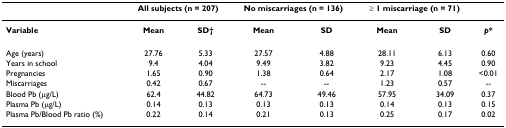
<table><thead><tr><td></td><td colspan="2"><b>All subjects (n = 207)</b></td><td colspan="2"><b>No miscarriages (n = 136)</b></td><td colspan="2"><b>≥ 1 miscarriage (n = 71)</b></td><td></td></tr></thead><tbody><tr><td><b>Variable</b></td><td><b>Mean</b></td><td><b>SD†</b></td><td><b>Mean</b></td><td><b>SD</b></td><td><b>Mean</b></td><td><b>SD</b></td><td><b><i>p</i>*</b></td></tr><tr><td>Age (years)</td><td>27.76</td><td>5.33</td><td>27.57</td><td>4.88</td><td>28.11</td><td>6.13</td><td>0.60</td></tr><tr><td>Years in school</td><td>9.4</td><td>4.04</td><td>9.49</td><td>3.82</td><td>9.23</td><td>4.45</td><td>0.90</td></tr><tr><td>Pregnancies</td><td>1.65</td><td>0.90</td><td>1.38</td><td>0.64</td><td>2.17</td><td>1.08</td><td>&lt;0.01</td></tr><tr><td>Miscarriages</td><td>0.42</td><td>0.67</td><td>--</td><td>--</td><td>1.23</td><td>0.57</td><td>--</td></tr><tr><td>Blood Pb (μg/L)</td><td>62.4</td><td>44.82</td><td>64.73</td><td>49.46</td><td>57.95</td><td>34.09</td><td>0.37</td></tr><tr><td>Plasma Pb (μg/L)</td><td>0.14</td><td>0.13</td><td>0.13</td><td>0.13</td><td>0.14</td><td>0.13</td><td>0.15</td></tr><tr><td>Plasma Pb/Blood Pb ratio (%)</td><td>0.22</td><td>0.14</td><td>0.21</td><td>0.13</td><td>0.25</td><td>0.17</td><td>0.02</td></tr></tbody></table>